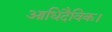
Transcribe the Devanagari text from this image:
आधिदैविक।